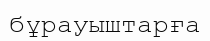
бұрауыштарға